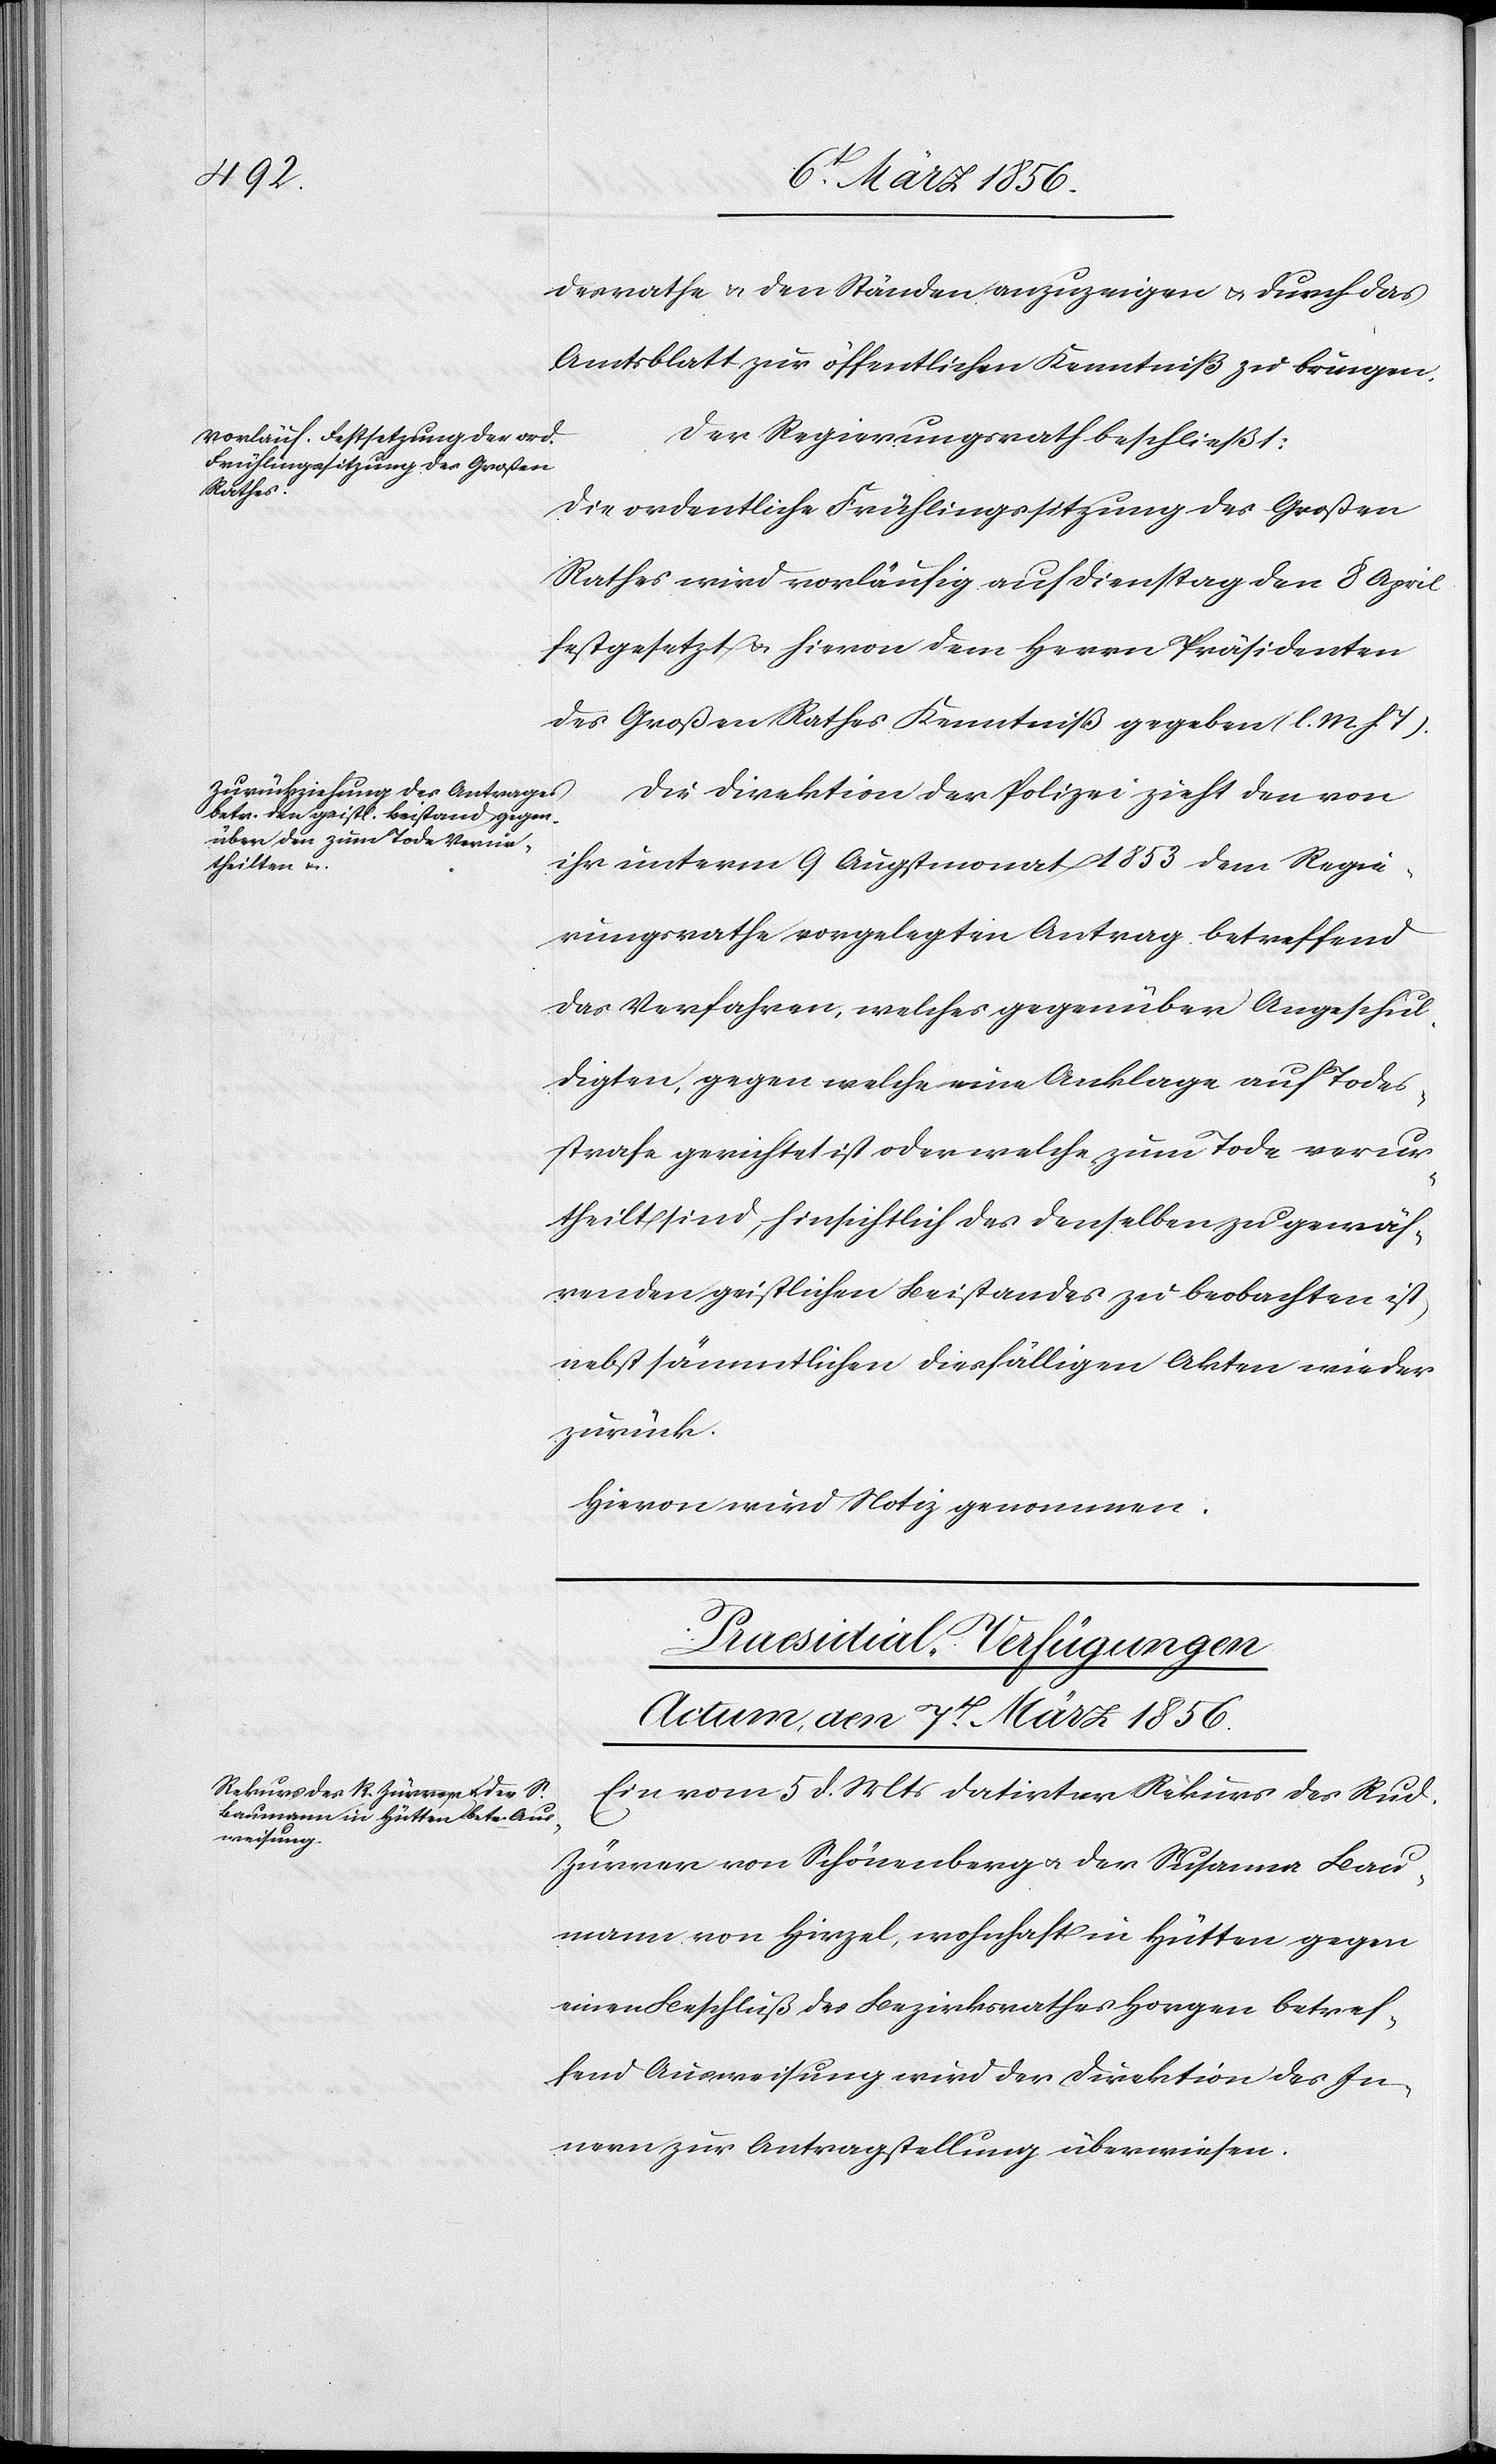
desrathe u. den Ständen anzuzeigen u. durch das
Amtsblatt zur öffentlichen Kenntniß zu bringen.
Der Regierungsrath beschließt:
Die ordentliche Frühlingssitzung des Großen
Rathes wird vorläufig auf Dienstag den 8 April
festgesetzt u. hievon dem Herrn Präsidenten
des Großen Rathes Kenntniß gegeben (l. M. h T).
ihr unterm 9 Augstmonat 1853 dem Regie¬
rungsrathe vorgelegten Antrag betreffend
das Verfahren, welches gegenüber Angeschul¬
digten, gegen welche eine Anklage auf Todes¬
strafe gerichtet ist oder welche zum Tode verur¬
theilt sind, hinsichtlich des denselben zu gewäh¬
renden geistlichen Beistandes zu beobachten ist,
nebst sämmtlichen diesfälligen Akten wieder
zurück.
Hievon wird Notiz genommen.
Praesidial-Verfügungen
Actum, den 7t März 1856.
Ein vom 5 d. Mts datirter Rekurs des Rud.
Zürrer von Schönenberg u. der Susanna Bau¬
mann von Hirzel, wohnhaft in Hütten gegen
einen Beschluß des Bezirksrathes Horgen betref¬
fend Ausweisung wird der Direktion des In¬
nern zur Antragstellung überwiesen.